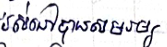
រស់នៅបានសមរម្យ